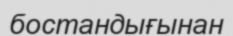
бостандығынан